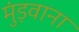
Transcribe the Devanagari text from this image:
मुंड़वाना